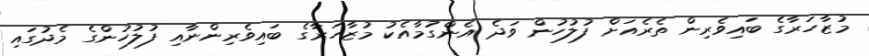
މުޒާހަރާގެ ބައިވެރިން ތެރެއަށް ފުލުހުން ވަދެ އެންގުމާއެކު މުޒާހަރާގެ ބައިވެރިންނާއި ފުލުހުންގެ މެދުގައި